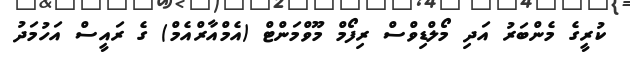
ކުރީގެ މެންބަރު އަދި މޯލްޑިވްސް ރިފޯމް މޫވްމަންޓް (އެމްއާރްއެމް) ގެ ރަައީސް އަހުމަދު